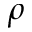
\rho